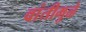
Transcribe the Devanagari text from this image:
वांतीमुळे